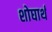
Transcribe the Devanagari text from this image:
शोघार्थ